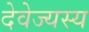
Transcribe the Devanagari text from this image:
देवेज्यस्य